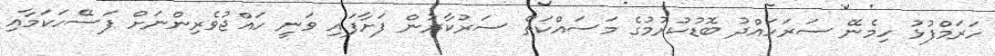
ހަރަމްފުޅު ހިމެނޭ ސަރަހައްދު ބޮޑުކުރުމުގެ މަސައްކަތް ސަރުކާރުން ފަށާފައި ވަނީ ހައްޖުވެރިންނަށް ފަސޭހަކަމާއި